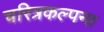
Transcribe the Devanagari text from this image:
चरित्रकल्पना